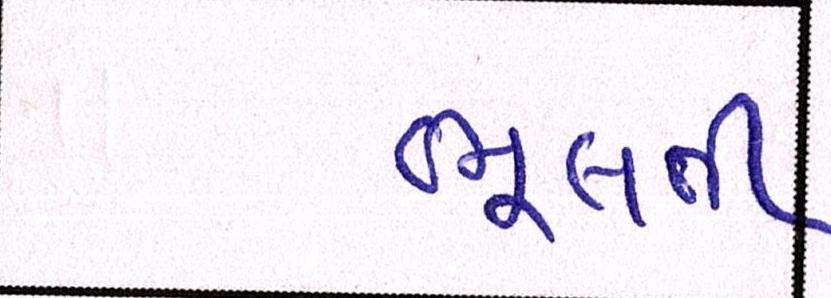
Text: ભૂલતી